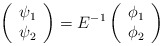
\begin{align*}\left(\begin{array}{c}\psi _{1} \\\psi _{2}\end{array}\right) =E^{-1}\left(\begin{array}{c}\phi _{1} \\\phi _{2}\end{array}\right) \end{align*}